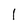
Character: l